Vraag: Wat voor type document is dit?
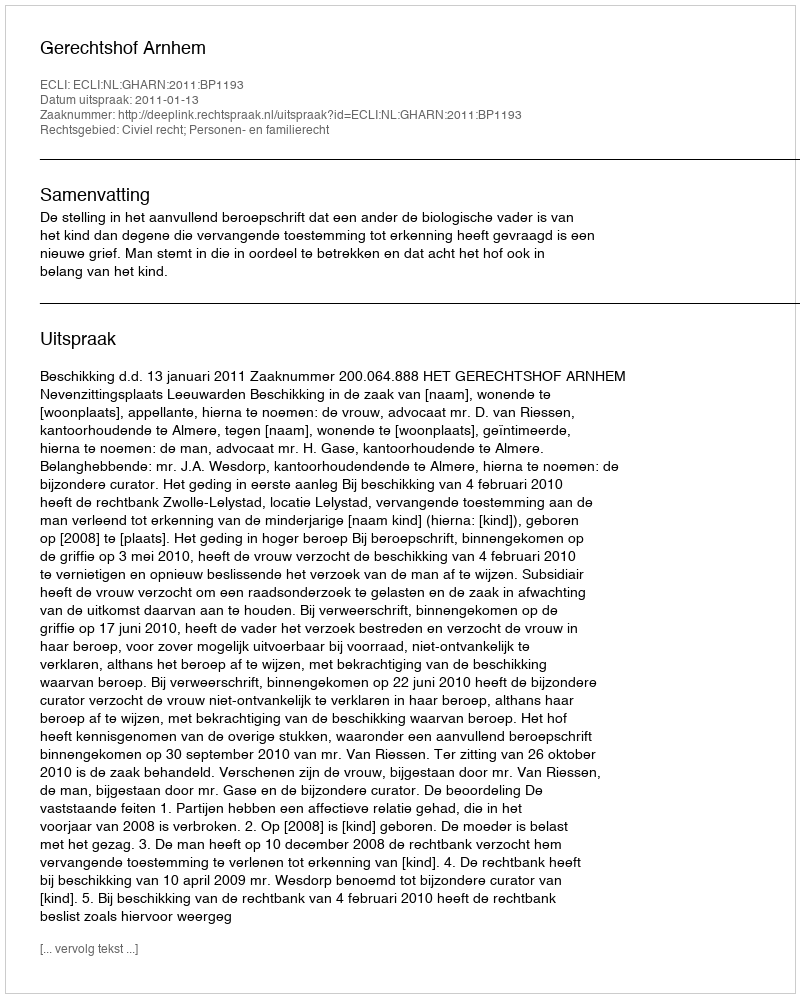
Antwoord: Uitspraak